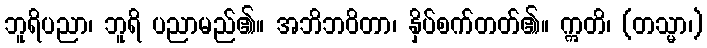
ဘူရိပညာ၊ ဘူရိ ပညာမည်၏။ အဘိဘဝိတာ၊ နှိပ်စက်တတ်၏။ ဣတိ၊ (တသ္မာ၊)